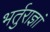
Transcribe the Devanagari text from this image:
भर्तुराज्ञां